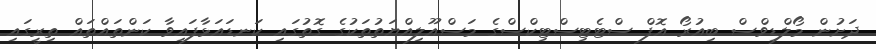
ދަށުން މޯލްޑިވްސް ބިއުރޯ އޮފް ސްޓެޓިސްޓިކްސްގެ މަސްއޫލިއްޔަތުތަކުގެ ގޮތުގައި ކަނޑައަޅާފައިވާ ކަންތައްތައް ތިރީގައި